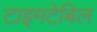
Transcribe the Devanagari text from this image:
टाइमटेबिल